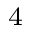
^ 4